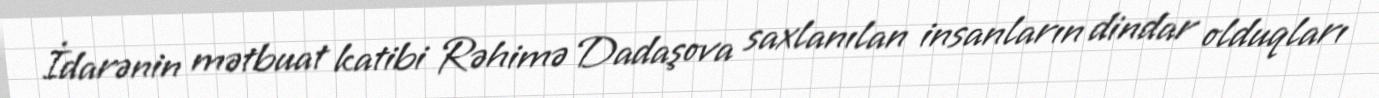
İdarənin mətbuat katibi Rəhimə Dadaşova saxlanılan insanların dindar olduqları